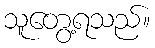
သူတွေ့ရသည်။